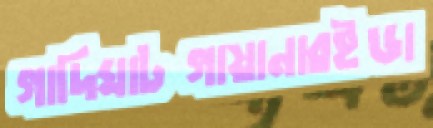
গাদিঘাটগায়ানারইডা